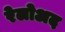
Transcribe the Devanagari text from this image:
रेलोअद